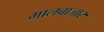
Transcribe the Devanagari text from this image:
मालबाजार